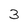
Character: 3